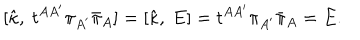
[ { \hat { \kappa } } , \ t ^ { A A ^ { \prime } } \pi _ { A ^ { \prime } } { \bar { \pi } } _ { A } ] = [ { \hat { \kappa } } , \ E ] = t ^ { A A ^ { \prime } } \pi _ { A ^ { \prime } } { \bar { \pi } } _ { A } = E .